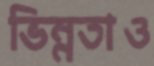
ভিন্নতাও